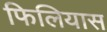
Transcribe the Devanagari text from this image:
फिलियास